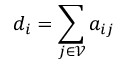
d _ { i } = \sum _ { j \in \mathcal { V } } a _ { i j }